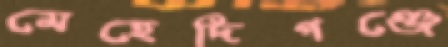
মেহেদিগঞ্জে